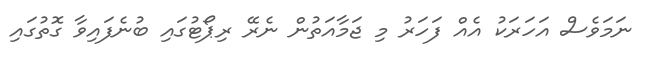
ނަމަވެސް އަހަރަކު އެއް ފަހަރު މި ޖަމާއަތުން ނެރޭ ރިޕޯޓުގައި ބުނެފައިވާ ގޮތުގައި